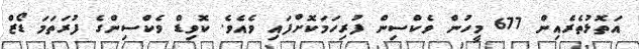
އަތޮޅުތެރެއިން 677 މީހުން ވެކްސިން ފުރިހަމަކޮށްފައި ވެއެވެ. ކޮވިޑް ވެކްސިންގެ ފުރަތަމަ ޑޯޒް